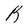
Character: B